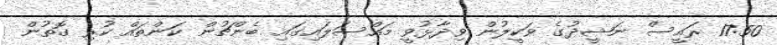
17:50 ރައީސް ނަޝީދުގެ ވަކީލުން ވިދާޅުވީ މައްސަލައިގައި ބެންޗުން ކަންތައް ކުރި ގޮތުން